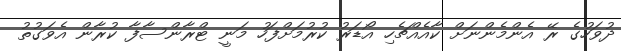
ދުވަހުގެ ރޭ އެންމެންނަށް ކާއެއްޗެހި އޯޑަރު ކުރުމަށްފަހު މަނީ ޓްރާންސާފާ ކުރާން އެވަގުތު